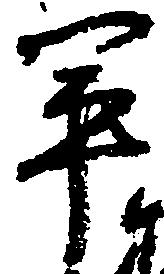
軍